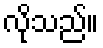
လိုသည်။